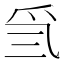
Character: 𤓸